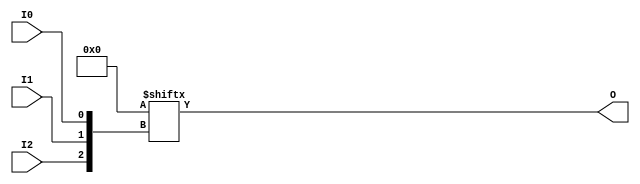
// $Header: /devl/xcs/repo/env/Databases/CAEInterfaces/verunilibs/data/unisims/LUT3.v,v 1.6.158.1 2007/03/09 18:13:09 patrickp Exp $
///////////////////////////////////////////////////////////////////////////////
// Copyright (c) 1995/2004 Xilinx, Inc.
// All Right Reserved.
///////////////////////////////////////////////////////////////////////////////
//   ____  ____
//  /   /\/   /
// /___/  \  /    Vendor : Xilinx
// \   \   \/     Version : 8.1i (I.13)
//  \   \         Description : Xilinx Functional Simulation Library Component
//  /   /                  3-input Look-Up-Table with General Output
// /___/   /\     Filename : LUT3.v
// \   \  /  \    Timestamp : Thu Mar 25 16:42:54 PST 2004
//  \___\/\___\
//
// Revision:
//    03/23/04 - Initial version.
//    02/04/05 - Rev 0.0.1 Replace premitive with function; Remove buf.
// End Revision

`timescale  100 ps / 10 ps


module LUT3 (O, I0, I1, I2);

    parameter INIT = 8'h00;

    input I0, I1, I2;

    output O;

    reg O;
    reg tmp;
  
    always @(  I2 or  I1 or  I0 )  begin
      tmp =  I0 ^ I1  ^ I2;
      if ( tmp == 0 || tmp == 1)
           O = INIT[{I2, I1, I0}];
      else
           O = lut3_mux4 ( {1'b0, 1'b0, lut3_mux4 (INIT[7:4], {I1, I0}),
                          lut3_mux4 (INIT[3:0], {I1, I0}) }, {1'b0, I2});
    end

  function lut3_mux4;
  input [3:0] d;
  input [1:0] s;

  begin
       if ((s[1]^s[0] ==1) || (s[1]^s[0] ==0))
           lut3_mux4 = d[s];
         else if ((d[0] === d[1]) && (d[2] === d[3]) && (d[0] === d[2]))
           lut3_mux4 = d[0];
         else if ((s[1] == 0) && (d[0] === d[1]))
           lut3_mux4 = d[0];
         else if ((s[1] == 1) && (d[2] === d[3]))
           lut3_mux4 = d[2];
         else if ((s[0] == 0) && (d[0] === d[2]))
           lut3_mux4 = d[0];
         else if ((s[0] == 1) && (d[1] === d[3]))
           lut3_mux4 = d[1];
         else
           lut3_mux4 = 1'bx;
   end
   endfunction

endmodule